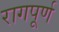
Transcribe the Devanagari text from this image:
रागपूर्ण